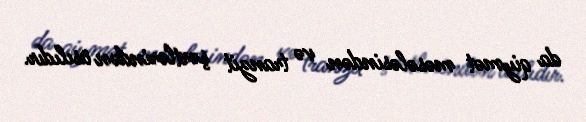
da qiymət məsələsindən və tranzit şərtlərindən asılıdır.